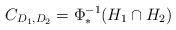
LaTeX: \begin{align*} C_{D_1,D_2} = \Phi^{-1}_* (H_1 \cap H_2)\end{align*}